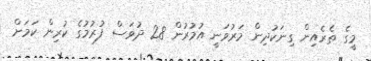
މީގެ ތެރެއިން ގިނަކުދިން މަރުވަނީ އުމުރުން 28 ދުވަސް ފުރުމުގެ ކުރިން ކަމަށް